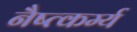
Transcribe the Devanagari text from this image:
नैष्त्कर्म्य